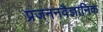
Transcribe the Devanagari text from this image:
प्रजननवैज्ञानिक